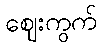
ဈေးကွက်